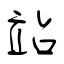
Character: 站